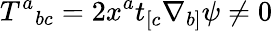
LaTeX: T^{a}{}_{bc}=2x^{a}t_{[c}\nabla_{b]}\psi\neq 0